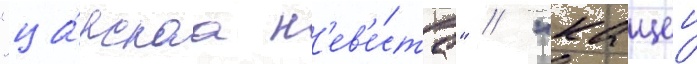
"ца́рскаа н'ев'е́ста" / "кащеи